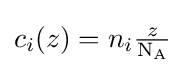
c_{i}(z)=n_{i}{\tfrac {z}{\mathrm {N_{A}} }}